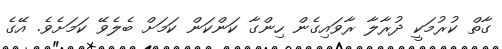
ގާތް ކުރުމަކީ ދުރާލާ ރާވައިގެން ހިންގާ ކަންކަން ކަމަށް ބެލެވޭ ކަމަށެވެ. އޭގެ